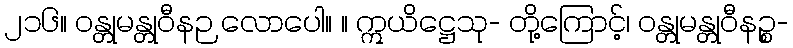
၂၁၆။ ဝန္တုမန္တုဝီနဉ လောပေါ။ ။ ဣယိဋ္ဌေသု- တို့ကြောင့်၊ ဝန္တုမန္တုဝီနဉ္စ-